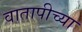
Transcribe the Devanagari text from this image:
वातापीच्या